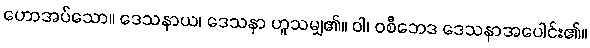
ဟောအပ်သော။ ဒေသနာယ၊ ဒေသနာ ဟူသမျှ၏။ ဝါ၊ ဝစီဘေဒ ဒေသနာအပေါင်း၏။